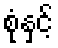
စုံနှင့်